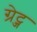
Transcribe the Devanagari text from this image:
ग्रेट्ज